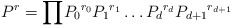
\begin{align*}P^r={\prod}{P_{0}}^{r_{0}}{P_{1}}^{r_{1}}\ldots{P_{d}}^{r_{d}}{P_{d+1}}^{r_{d+1}}\end{align*}